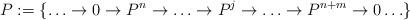
LaTeX: \begin{align*}P:=\{\ldots\to 0\to P^n\to\ldots\to P^j\to\ldots\to P^{n+m}\to 0\ldots\}\end{align*}